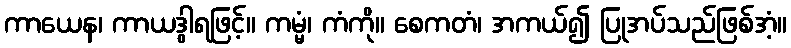
ကာယေန၊ ကာယဒွါရဖြင့်။ ကမ္မံ၊ ကံကို။ စေကတံ၊ အကယ်၍ ပြုအပ်သည်ဖြစ်အံ့။